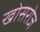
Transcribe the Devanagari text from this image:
खोसरोज